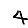
Digit: 4